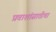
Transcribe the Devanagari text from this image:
प्रवाशांसाठीचा